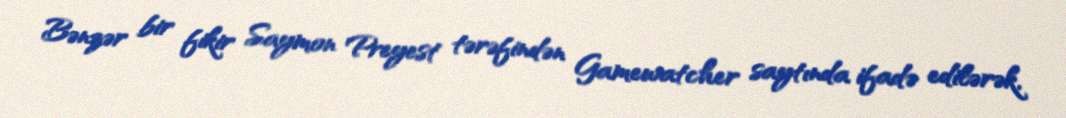
Bənzər bir fikir Saymon Preyest tərəfindən Gamewatcher saytında ifadə edilərək,